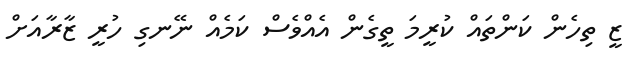
ޒީ ތިހެން ކަންތައް ކުރީމަ ތީގެން އެއްވެސް ކަމެއް ނޭނގި ހުރީ ޒާރާއަށް